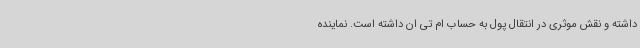
داشته و نقش موثری در انتقال پول به حساب ام تی ان داشته است. نماینده